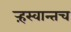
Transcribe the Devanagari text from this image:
ऱ्हस्वान्तच